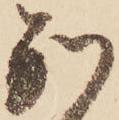
別